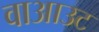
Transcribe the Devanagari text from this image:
वाआउट